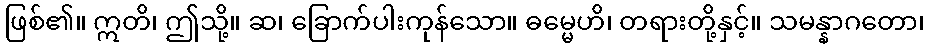
ဖြစ်၏။ ဣတိ၊ ဤသို့။ ဆ၊ ခြောက်ပါးကုန်သော။ ဓမ္မေဟိ၊ တရားတို့နှင့်။ သမန္နာဂတော၊